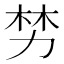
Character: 𫦯